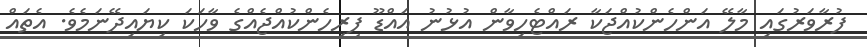
ފުރާވަރުގައި މާލޭ އަންހެންކުއްޖަކާ ރައްޓެހިވާން އުޅުނު އައްޑޫ ފިރިހެންކުއްޖެއްގެ ވާހަކަ ކިޔައިދޭނަމެވެ. އެތައް